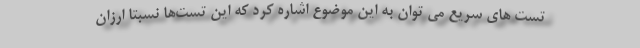
تست های سریع می توان به این موضوع اشاره کرد که این تست‌ها نسبتاً ارزان